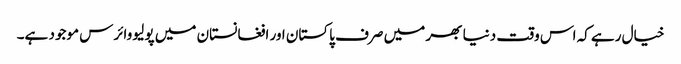
خیال رہے کہ اس وقت دنیا بھر میں صرف پاکستان اور افغانستان میں پولیو وائرس موجود ہے۔